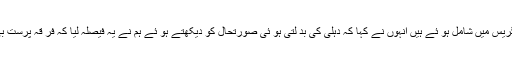
اس موقع پر شعیب اقبال نے کہا کہ آج بہت خو شی کا دن ہے کہ ہم کا نگریس میں شامل ہو ئے ہیں انہوں نے کہا کہ دہلی کی بد لتی ہو ئی صورتحال کو دیکھتے ہو ئے ہم نے یہ فیصلہ لیا کہ فر قہ پرست بی جے پی کو رو کنے کیلئے ہمیں ووٹوں کے بکھرا ؤ کو روکنا چا ہئے۔